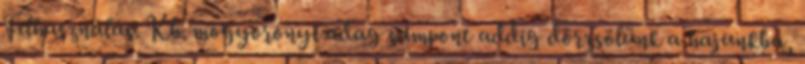
Felhasználás: Kb. mogyorónyi adag sampont addig dörzsölünk a hajunkba,